Vaccination in Bombay 1874-1876 - 1874-1876
Year: 1874
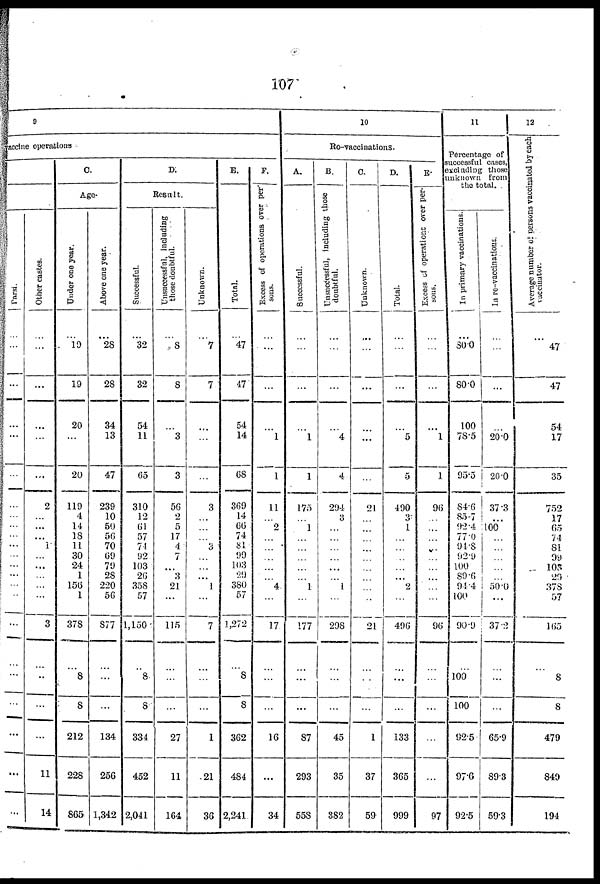
107
9
ccine operations
Parsi.
...
...
...
...
...
...
...
...
...
...
...
...
...
...
...
...
...
...
...
...
...
...
...
Other castes.
...
...
...
...
...
...
2
...
...
...
1
...
...
...
...
...
3
...
...
...
...
11
14
C.
Age.
Under one year.
...
19
19
20
...
20
119
4
14
18
11
30
24
1
156
1
378
...
8
8
212
228
865
Above one year.
...
28
28
34
13
47
239
10
50
56
70
69
79
28
220
56
877
...
...
...
134
256
1,342
D.
Result.
Successful.
...
32
32
54
11
65
310
12
61
57
74
92
103
26
358
57
1,150
...
8
8
334
452
2,041
Unsuccessful, including
those doubtful.
...
8
8
...
3
3
56
2
5
17
4
7
...
3
21
...
115
...
...
...
27
11
164
Unknown.
...
7
7
...
...
...
3
...
...
...
3
...
...
...
1
...
7
...
...
...
1
21
36
E.
Total.
...
47
47
54
14
68
369
14
66
74
81
99
103
29
380
57
1,272
...
8
8
362
484
2,241
F.
Excess of operations over per-
sons.
...
...
...
...
1
1
11
...
2
...
...
...
...
...
4
...
17
...
...
...
16
...
34
10
Re-vaccinations.
A.
Successful.
...
...
...
...
1
1
175
...
1
...
...
...
...
...
1
...
177
...
...
...
87
293
558
B.
Unsuccessful, including those
doubtful.
...
...
...
...
4
4
294
3
...
...
...
...
...
...
1
...
298
...
...
...
45
35
882
C.
Unknown.
...
...
...
...
...
...
21
...
...
...
...
...
...
...
...
...
21
...
...
...
1
37
59
D.
Total.
...
...
...
...
5
5
490
3
1
...
...
...
...
...
2
...
496
...
...
...
133
365
999
E.
Excess of operations over per-
sous.
...
...
...
...
1
1
96
...
...
...
...
...
...
...
...
...
96
...
...
...
...
...
97
11
Percentage of
successful cases,
excluding those
unknown from
the total.
In primary vaccinations.
...
30.0
80.0
100
78.5
95.5
84.6
85.7
92.4
77.0
94.8
92.9
100
89.6
94.4
100
90.9
...
100
100
92.5
97.6
92.5
In re-vaccinations.
...
...
...
...
20.0
20.0
37.3
...
100
...
...
...
...
...
50.0
...
37.2
...
...
...
65.9
89.3
59.3
12
Average number of persons vaccinated by each
vaccinator.
...
47
47
54
17
35
752
17
65
74
81
99
103
29
378
57
165
...
8
8
479
849
194